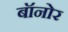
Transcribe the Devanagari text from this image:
बॉनोर